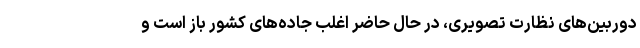
دوربین‌های نظارت تصویری، در حال حاضر اغلب جاده‌های کشور باز است و